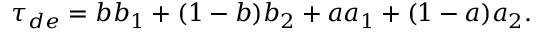
\tau _ { d e } = b b _ { 1 } + ( 1 - b ) b _ { 2 } + a a _ { 1 } + ( 1 - a ) a _ { 2 } .